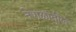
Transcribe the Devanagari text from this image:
नेपाळांतील